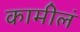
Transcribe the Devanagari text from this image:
कामीलं